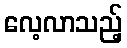
လေ့လာသည့်